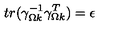
t r ( \gamma _ { \Omega k } ^ { - 1 } \gamma _ { \Omega k } ^ { T } ) = \epsilon